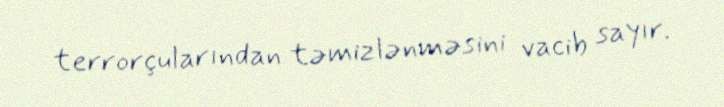
terrorçularından təmizlənməsini vacib sayır.